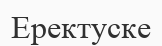
Еректуске